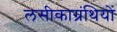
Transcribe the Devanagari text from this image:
लसीकाग्रंथियों